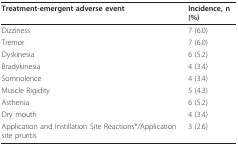
<table><thead><tr><td><b>Treatment-emergent adverse event</b></td><td><b>Incidence, n (%)</b></td></tr></thead><tbody><tr><td>Dizziness</td><td>7 (6.0)</td></tr><tr><td>Tremor</td><td>7 (6.0)</td></tr><tr><td>Dyskinesia</td><td>6 (5.2)</td></tr><tr><td>Bradykinesia</td><td>4 (3.4)</td></tr><tr><td>Somnolence</td><td>4 (3.4)</td></tr><tr><td>Muscle Rigidity</td><td>5 (4.3)</td></tr><tr><td>Asthenia</td><td>6 (5.2)</td></tr><tr><td>Dry mouth</td><td>4 (3.4)</td></tr><tr><td>Application and Instillation Site Reactions*/Application site pruritis</td><td>3 (2.6)</td></tr></tbody></table>